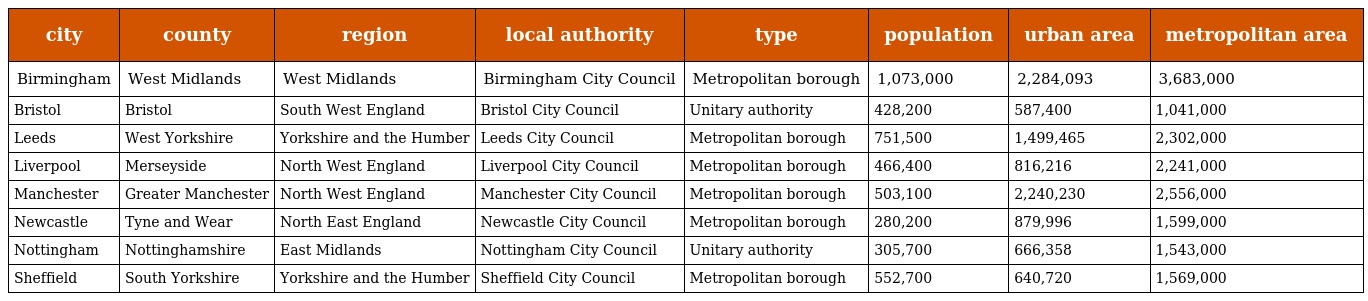
| city | county | region | local authority | type | population | urban area | metropolitan area |
 | --- | --- | --- | --- | --- | --- | --- | --- |
 | Birmingham | West Midlands | West Midlands | Birmingham City Council | Metropolitan borough | 1,073,000 | 2,284,093 | 3,683,000 |
 | Bristol | Bristol | South West England | Bristol City Council | Unitary authority | 428,200 | 587,400 | 1,041,000 |
 | Leeds | West Yorkshire | Yorkshire and the Humber | Leeds City Council | Metropolitan borough | 751,500 | 1,499,465 | 2,302,000 |
 | Liverpool | Merseyside | North West England | Liverpool City Council | Metropolitan borough | 466,400 | 816,216 | 2,241,000 |
 | Manchester | Greater Manchester | North West England | Manchester City Council | Metropolitan borough | 503,100 | 2,240,230 | 2,556,000 |
 | Newcastle | Tyne and Wear | North East England | Newcastle City Council | Metropolitan borough | 280,200 | 879,996 | 1,599,000 |
 | Nottingham | Nottinghamshire | East Midlands | Nottingham City Council | Unitary authority | 305,700 | 666,358 | 1,543,000 |
 | Sheffield | South Yorkshire | Yorkshire and the Humber | Sheffield City Council | Metropolitan borough | 552,700 | 640,720 | 1,569,000 |